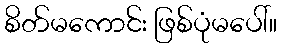
စိတ်မကောင်း ဖြစ်ပုံမပေါ်။